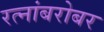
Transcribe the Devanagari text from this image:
रत्नांबरोबर